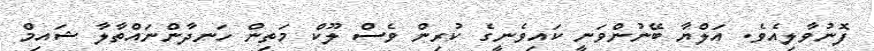
ފޮނުވާލިއެވެ. އަލްޔާ ބޭނުންވަނީ ކައިވެނީގެ ކުރިން ވެސް ލޫކް މަތިން ހަނދާންނައްތާލާ ޝައިމް